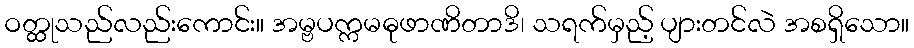
ဝတ္ထုသည်လည်းကောင်း။ အမ္ဗပက္ကမဓုဖာဏိတာဒိ၊ သရက်မှည့် ပျားတင်လဲ အစရှိသော။